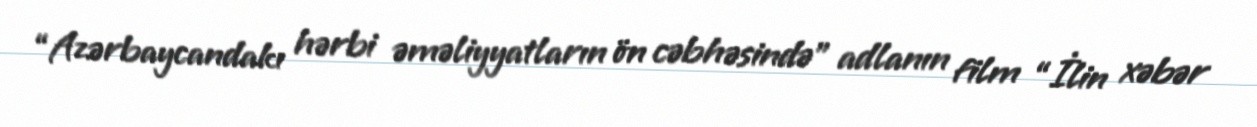
“Azərbaycandakı hərbi əməliyyatların ön cəbhəsində” adlanın film “İlin xəbər